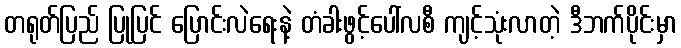
တရုတ်ပြည် ပြုပြင် ပြောင်းလဲရေးနဲ့ တံခါးဖွင့်ပေါ်လစီ ကျင့်သုံးလာတဲ့ ဒီဘက်ပိုင်းမှာ